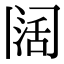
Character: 阔